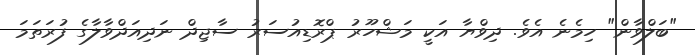
"ބަލްވާން" ހިމެނެ އެވެ. ދިވްޔާ އަކީ މަޝްހޫރު ޕްރޮޑިއުސަރު ސާޖިދް ނަދިއަދްވާލާގެ ފުރަތަމަ